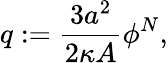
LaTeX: q:=\frac{3a^{2}}{2\kappa A}\phi^{N},